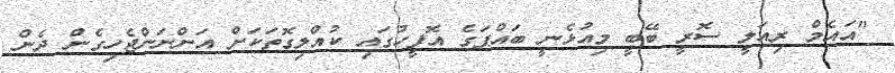
"އައެމް ރިއަލީ ސޮރީ ބޭބީ މިއުޅެނީ ބައްޕަގެ އޮފީހުގައި ކުއްލިގޮތަކަށް އަންނަންޖެހިގެން ދެން